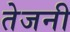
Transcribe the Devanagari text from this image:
तेजनी